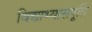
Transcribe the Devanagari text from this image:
विद्याभ्यासपूर्ति